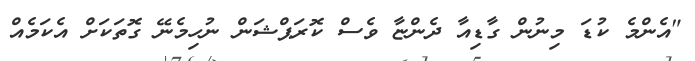
"އެންމެ ކުޑަ މިނުން ގާޑިއާ ދެންޏާ ވެސް ކޮރަޕްޝަން ނުހިމެނޭ ގޮތަކަށް އެކަމެއް